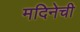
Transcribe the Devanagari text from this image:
मदिनेची